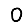
Digit: 0